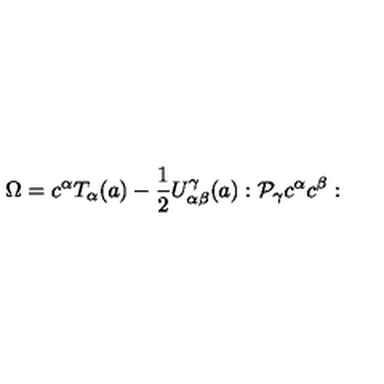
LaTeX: \Omega = c ^ { \alpha } T _ { \alpha } ( a ) - { \frac { 1 } { 2 } } U _ { \alpha \beta } ^ { \gamma } ( a ) : { \cal P _ { \gamma } } c ^ { \alpha } c ^ { \beta } :